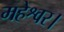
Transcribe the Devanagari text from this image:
महेश्वर।